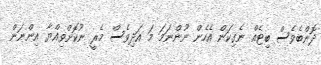
ދޮންބެވެސް ބިޓެއް ނެގިކަން އެހެން ނޫންނަމަ މަ އަދިވެސް މެރީ ނުކޮށްވިއްޔާ އިންނަން